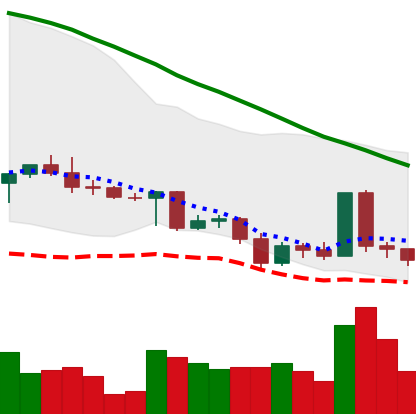
Ticker: ADA-USD
Chart end date: 2022-05-07
Forward return: -37.819%
Label: down_7plus